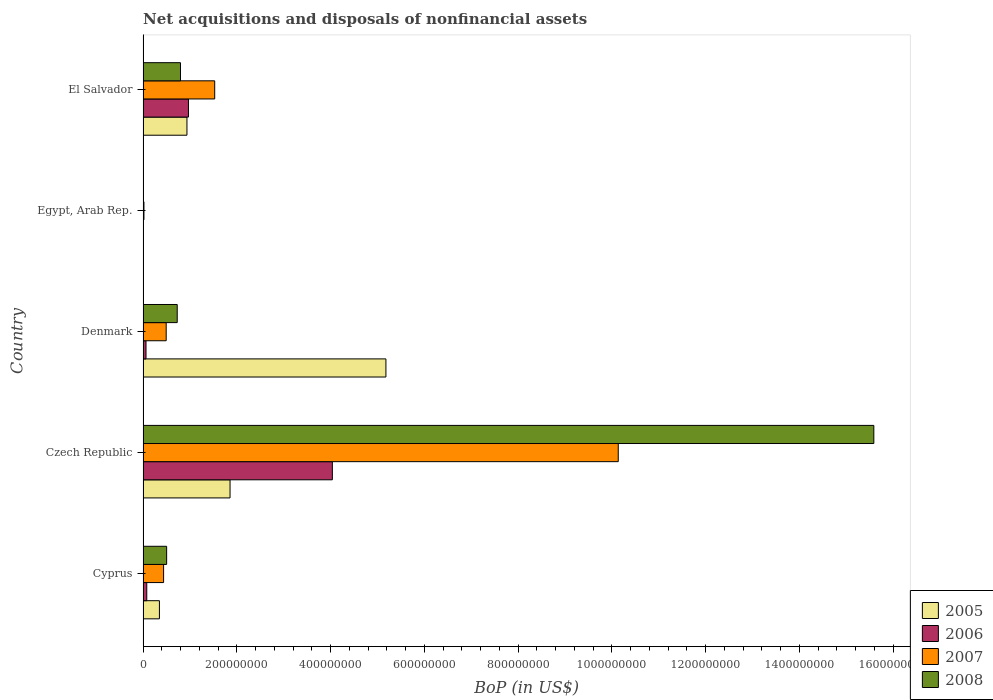
| Country | 2005 | 2006 | 2007 | 2008 |
 | --- | --- | --- | --- | --- |
 | Cyprus | 3.49e+07 | 7.9e+06 | 4.38e+07 | 5.03e+07 |
 | Czech Republic | 1.86e+08 | 4.04e+08 | 1.01e+09 | 1.56e+09 |
 | Denmark | 5.18e+08 | 6.28e+06 | 4.93e+07 | 7.29e+07 |
 | Egypt, Arab Rep. | -4e+07 | -3.59e+07 | 1.9e+06 | -5e+05 |
 | El Salvador | 9.36e+07 | 9.68e+07 | 1.53e+08 | 7.98e+07 |